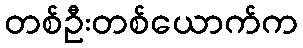
တစ်ဦးတစ်ယောက်က